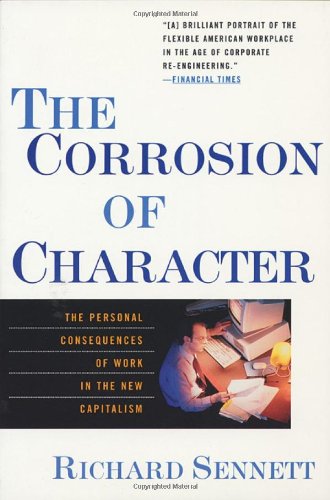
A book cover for The Corrosion of Character: The Personal Consequences of Work in the New Capitalism; Richard Sennett; Business & Money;